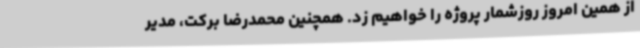
از همین امروز روزشمار پروژه را خواهیم زد. همچنین محمدرضا برکت، مدیر